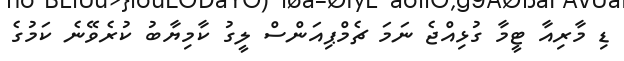
ޑި މާރިއާ ޓީމާ ގުޅިއްޖެ ނަމަ ޗެމްޕިއަންސް ލީގު ކާމިޔާބު ކުރެވޭނެ ކަމުގެ